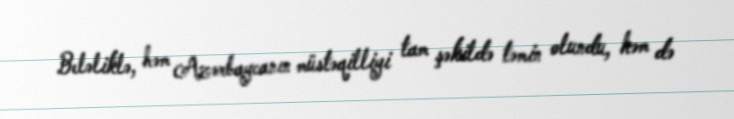
Beləliklə, həm Azərbaycanın müstəqilliyi tam şəkildə təmin olundu, həm də